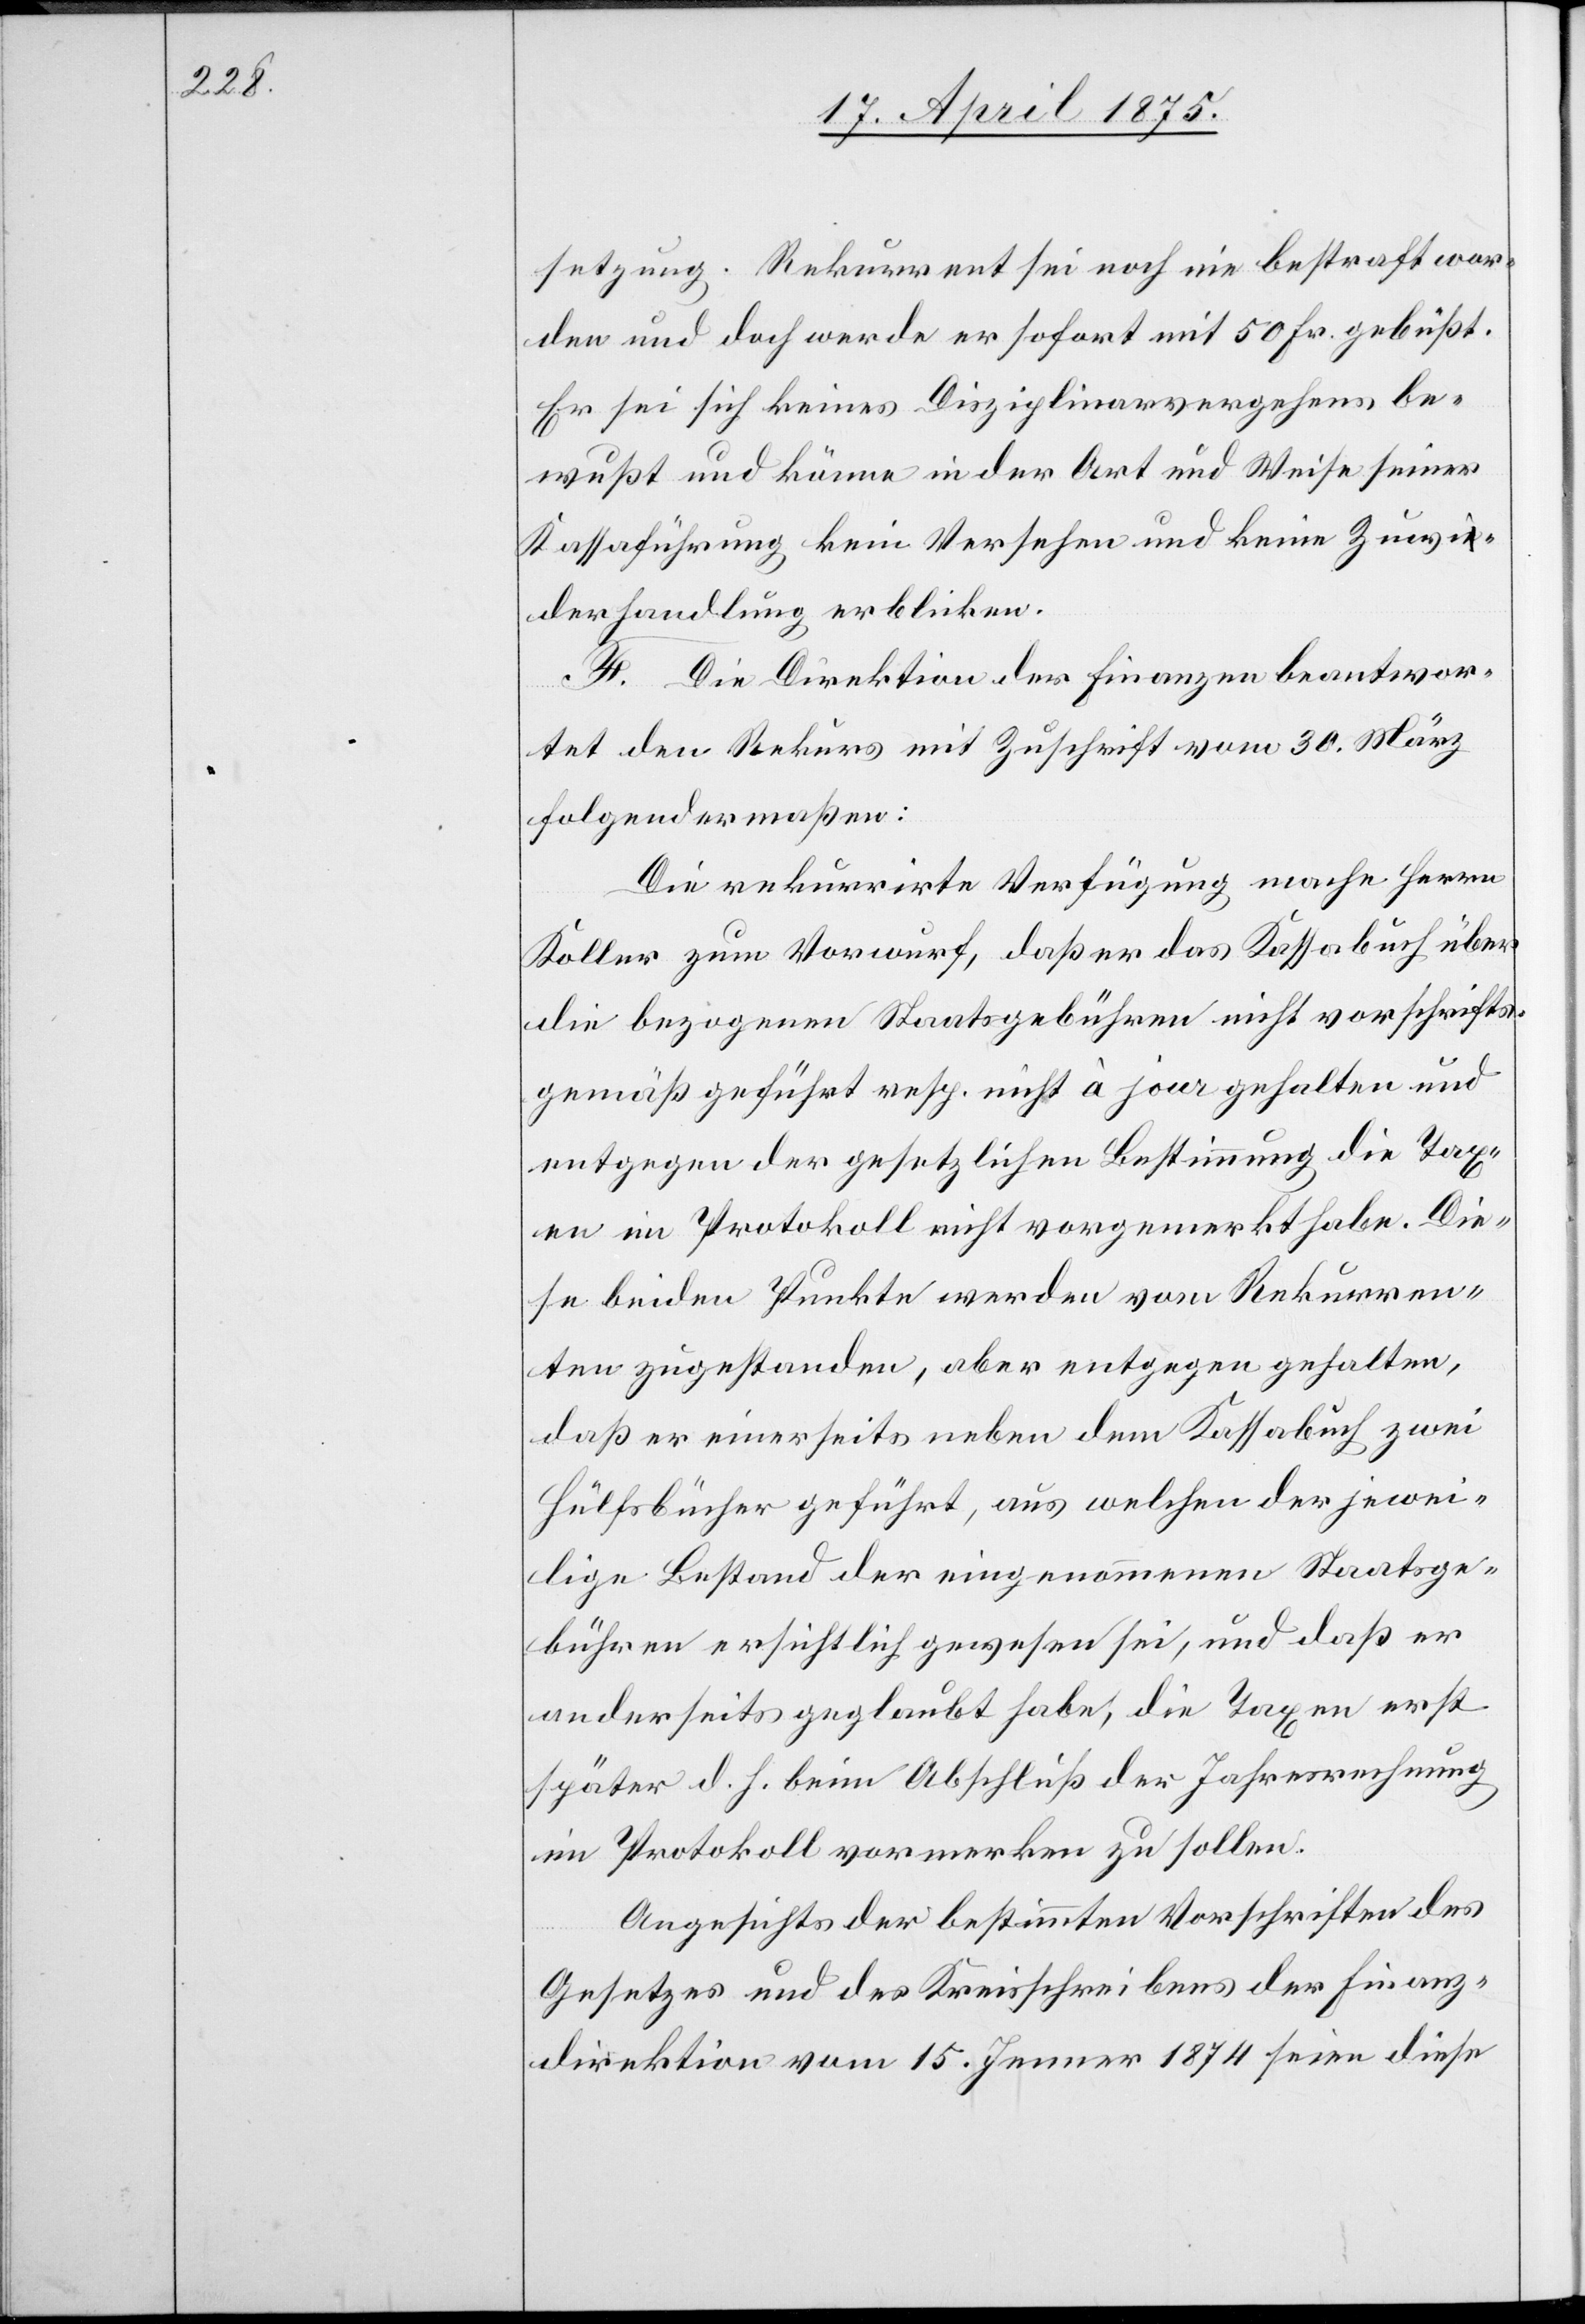
setzung. Rekurrent sei noch nie bestraft wor¬
den und doch werde er sofort mit 50 Fr. gebüßt.
Er sei sich keines Disziplinarverfahrens be¬
wußt und könne in der Art und Weise seiner
Kassaführung kein Versehen und keine Zuwi¬
derhandlung erblicken.
F. die Direktion der Finanzen beantwor¬
tet den Rekurs mit Zuschrift vom 30. März
folgendermaßen:
Die rekurrirte Verfügung mache Herrn
Koller zum Vorwurf, daß er das Kassabuch über
die bezogenen Staatsgebühren nicht vorschrifts¬
gemäß geführt resp. nicht à jour gehalten und
entgegen der gesetzlichen Bestimmung die Tax¬
en im Protokoll nicht vorgemerkt habe. Die¬
se beiden Punkte werden vom Rekurren¬
ten zugestanden, aber entgegen gehalten,
daß er einerseits neben dem Kassabuch zwei
Hülfsbücher geführt, aus welchen der jewei¬
lige Bestand der eingenommenen Staatsge¬
bühren ersichtlich gewesen sei, und daß er
andererseits geglaubt habe, die Taxen erst
später d. h. beim Abschluß der Jahresrechnung
im Protokoll vormerken zu sollen.
Angesichts der bestimmten Vorschriften des
Gesetzes und des Kreisschreibens der Finanz¬
direktion vom 15. Jenner 1874 seien diese